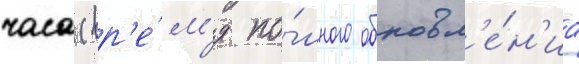
часа (вр'е́м'я по́лного обновл'е́н'иа